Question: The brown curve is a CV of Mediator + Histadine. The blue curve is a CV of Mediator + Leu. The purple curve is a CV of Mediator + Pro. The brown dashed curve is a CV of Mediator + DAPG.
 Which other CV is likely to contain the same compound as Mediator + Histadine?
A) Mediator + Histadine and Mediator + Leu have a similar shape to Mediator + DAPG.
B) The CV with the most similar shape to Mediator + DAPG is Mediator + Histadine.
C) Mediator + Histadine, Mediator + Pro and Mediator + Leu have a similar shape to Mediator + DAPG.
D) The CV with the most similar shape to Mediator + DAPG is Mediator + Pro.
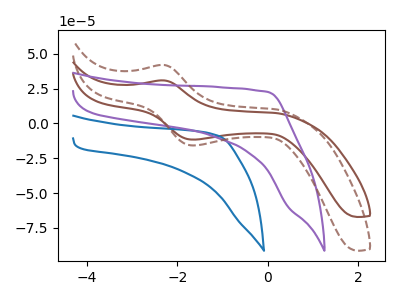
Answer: <think>The brown curve "Mediator + Histadine" has an anodic peak at (-2.30V, 30.80uA) and a cathodic peak at (-1.60V, -11.70uA). The blue curve "Mediator + Leu" has no peaks. The purple curve "Mediator + Pro" has no peaks. The brown dashed curve "Mediator + DAPG" has an anodic peak at (-2.30V, 41.90uA) and a cathodic peak at (-1.60V, -15.90uA).
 "Mediator + Histadine" and "Mediator + Leu" have a different number of peaks. "Mediator + Histadine" and "Mediator + Pro" have a different number of peaks. All the peaks in "Mediator + Histadine" have a peak in "Mediator + DAPG" at the same potential. Every peak in "Mediator + Histadine" is lower than every peak in "Mediator + DAPG". Neither "Mediator + Leu" or "Mediator + Pro" have any peaks. "Mediator + Leu" and "Mediator + DAPG" have a different number of peaks. "Mediator + Pro" and "Mediator + DAPG" have a different number of peaks.</think>
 <answer>B) The CV with the most similar shape to "Mediator + DAPG" is "Mediator + Histadine".</answer>
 <eval>B</eval>